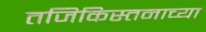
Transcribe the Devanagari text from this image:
तजिकिस्तनाच्या